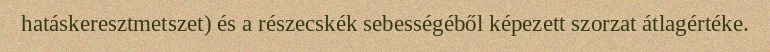
hatáskeresztmetszet) és a részecskék sebességéből képezett szorzat átlagértéke.